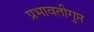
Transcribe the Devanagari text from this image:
प्रभावतीगुप्त